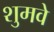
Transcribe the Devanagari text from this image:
शुमवे